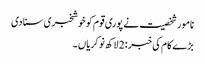
نامور شخصیت نے پوری قوم کو خوشخبری سنا دی
بڑے کام کی خبر : 2 لاکھ نوکریاں ۔